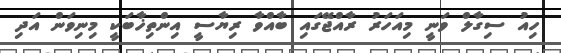
ހިއު ސިގާލް ވަނީ މިއަހަރު ރާއްޖޭގައި ބާއްވާ ރިޔާސީ އިންތިޚާބަކީ މިނިވަން އަދި